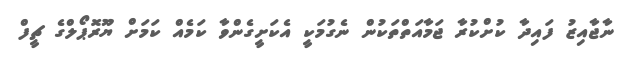
ނާޖާއިޒު ފައިދާ ކުށްކުރާ ޖަމާއަތްތަކުން ނެގުމަކީ އެކަށީގެންވާ ކަމެއް ކަމަށް ޔޫރޮޕޯލްގެ ޗީފް